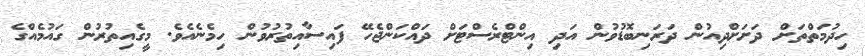
ހިދުމަތްތަށް ދަށަށްދިއުން ދަރަނިބޮޑުވުން އަދި އިންޓްރެސްޓަށް ދައްކަންޖެހޭ ފައިސާއިތުރުވުން ހިމެނެއެވެ. މީގެއިތުރުން ގައުމެއްގެ